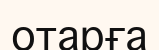
отарға